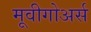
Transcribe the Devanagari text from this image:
मूवीगोअर्स